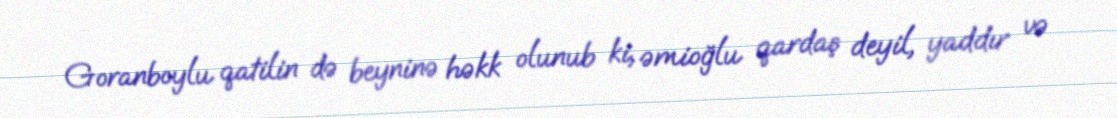
Goranboylu qatilin də beyninə həkk olunub ki, əmioğlu qardaş deyil, yaddır və